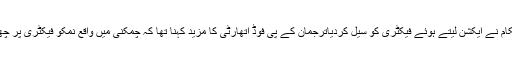
کمپنی میں مضر صحت اجزا پیک کئے جاتے تھے جس پر اتھارٹی حکام نے ایکشن لیتے ہوئے فیکٹری کو سیل کردیاترجمان کے پی فوڈ اتھارٹی کا مزید کہنا تھا کہ چمکنی میں واقع نمکو فیکٹری پر چھاپہ مارا گیا تو گودام میں ایک بھی بوری حشرات سے خالی نہیں نکلی۔